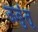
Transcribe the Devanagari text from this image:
ऊबुंतू